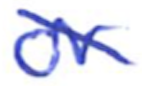
Text: or
Cross-out: diagonal
Writing tool: ballpoint